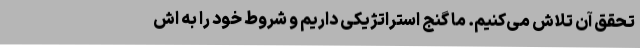
تحقق آن تلاش می‌کنیم. ما گنج استراتژیکی داریم و شروط خود را به اش